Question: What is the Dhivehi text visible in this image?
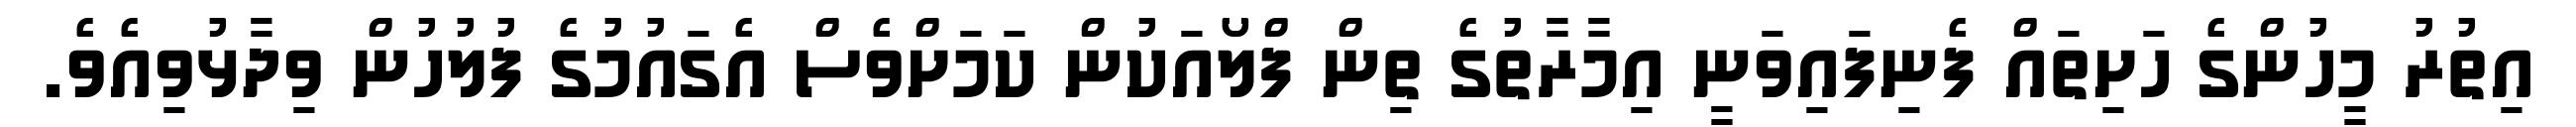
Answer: އިތުރު މީހުންގެ ހަށިތައް ފެނިފައިވަނީ އިމާރާތުގެ ތިން ފްލޯއަކުން ކަމަށްވެސް އެގައުމުގެ ފުލުހުން ވިދާޅުވިއެވެ.